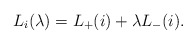
\begin{align*}L_{i}(\lambda)=L_{+}(i)+\lambda L_{-}(i). \end{align*}